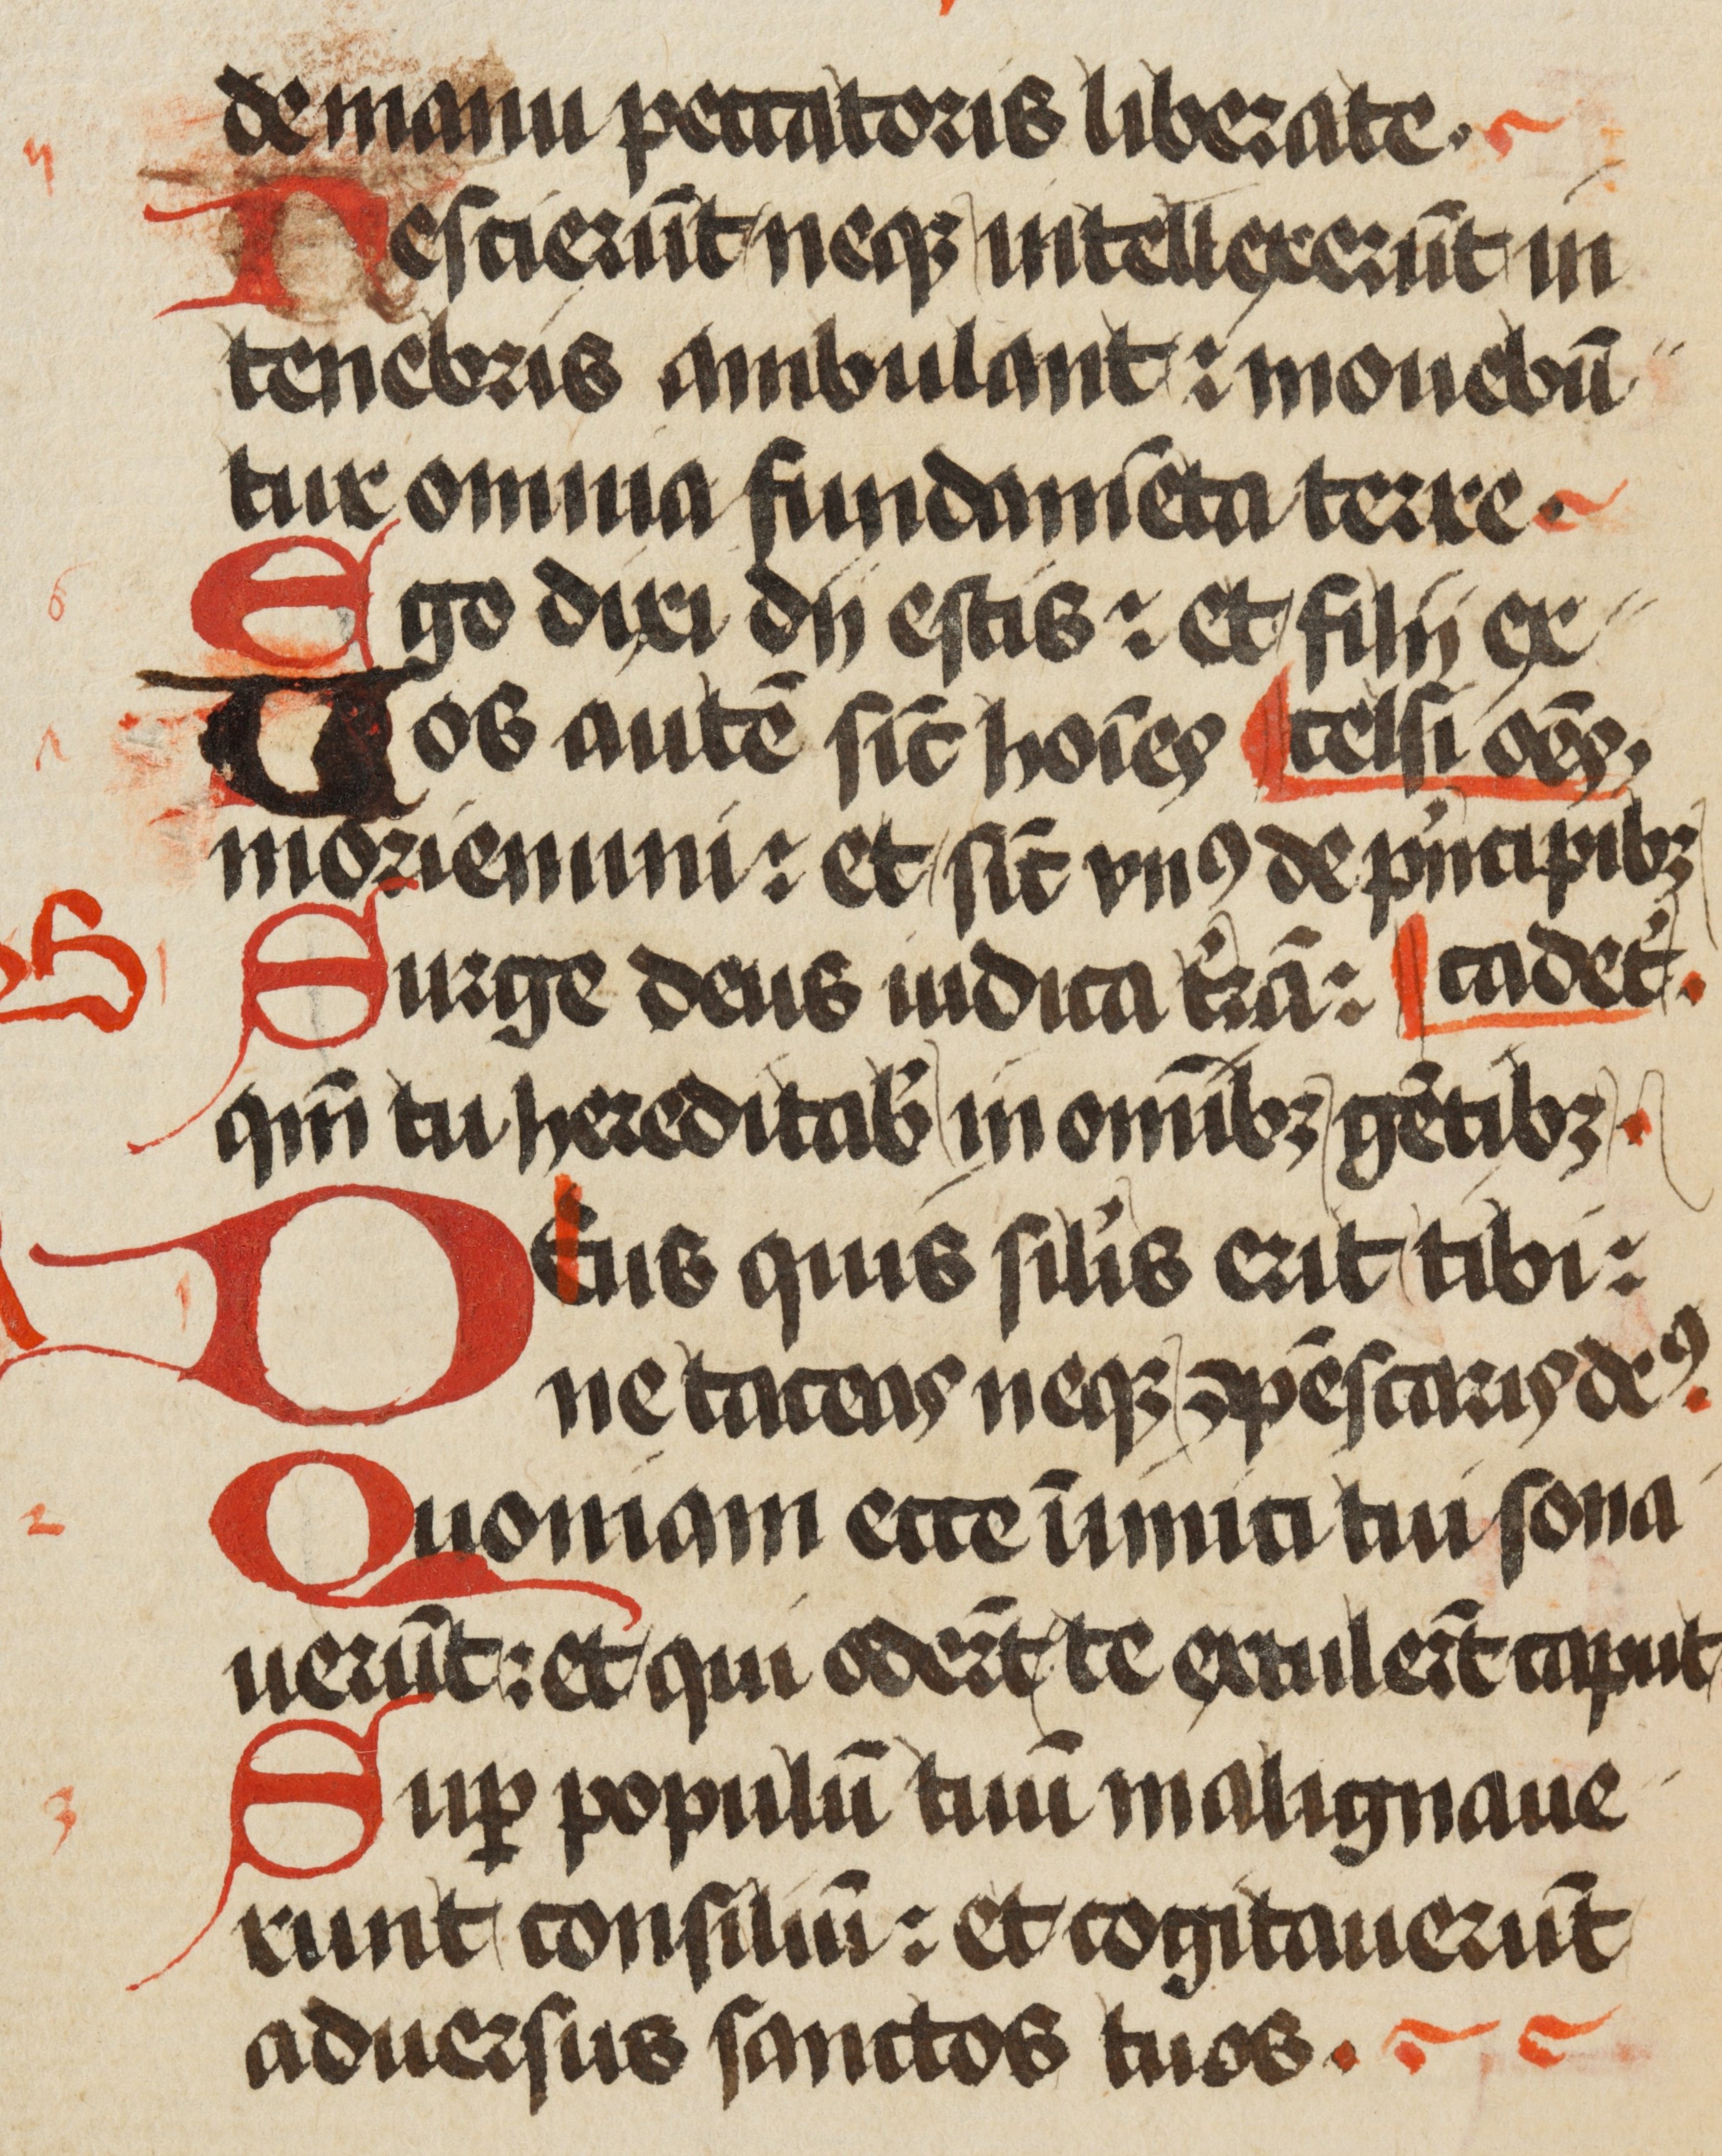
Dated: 1471–1471